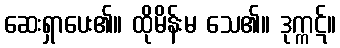
ဆေးရှာပေး၏။ ထိုမိန်းမ သေ၏။ ဒုက္ကဋ်။